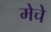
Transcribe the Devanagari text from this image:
मेचे